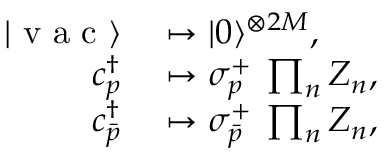
\begin{array} { r l } { | \mathrm { ~ v ~ a ~ c ~ } \rangle } & { { } \mapsto | { 0 } \rangle ^ { \otimes 2 M } , } \\ { { c } _ { p } ^ { \dagger } } & { { } \mapsto \sigma _ { p } ^ { + } \: \prod _ { n } { Z } _ { n } , } \\ { { c } _ { \bar { p } } ^ { \dagger } } & { { } \mapsto \sigma _ { \bar { p } } ^ { + } \: \prod _ { n } { Z } _ { n } , } \end{array}